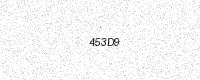
Text: 453D9